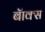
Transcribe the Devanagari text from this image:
बॅाक्स